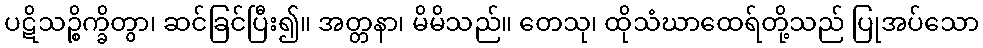
ပဋိသဉ္စိက္ခိတွာ၊ ဆင်ခြင်ပြီး၍။ အတ္တနာ၊ မိမိသည်။ တေသု၊ ထိုသံဃာထေရ်တို့သည် ပြုအပ်သော